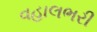
વહાલભરી